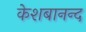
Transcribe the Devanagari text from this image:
केशबानन्द